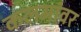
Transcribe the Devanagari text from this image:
कलमांवर